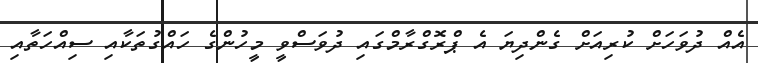
އެއް ދުވަހަށް ކުރިއަށް ގެންދިޔަ އެ ޕްރޮގްރާމްގައި ދުވަސްވީ މީހުންގެ ހައްގުތަކާއި ސިއްހަތާއި